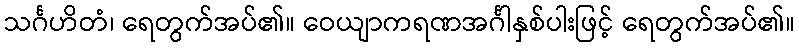
သင်္ဂဟိတံ၊ ရေတွက်အပ်၏။ ဝေယျာကရဏအင်္ဂါနှစ်ပါးဖြင့် ရေတွက်အပ်၏။